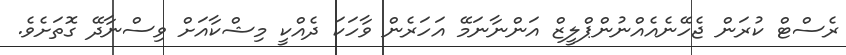
ރެސްޓް ކުރަން ޖެހޭނެއެއްނުންޕްލީޒް އަންނާނަމޭ އަހަރެން ވާހަކަ ދެއްކީ މިޝްކާއަށް ވިސްނާދޭ ގޮތަށެވެ.